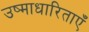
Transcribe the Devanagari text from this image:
उष्माधारिताएँ